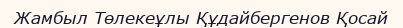
Жамбыл Төлекеұлы Құдайбергенов Қосай